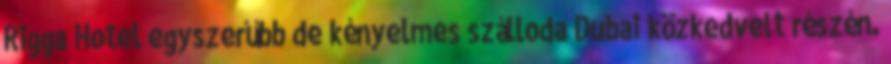
Rigga Hotel egyszerűbb de kényelmes szálloda Dubai közkedvelt részén.